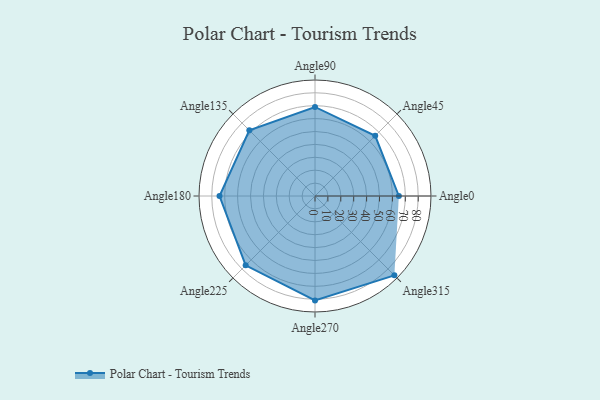
{"axis": {"x": "Angle", "y": "Radius"}, "legend": [""], "data": [{"x": "Angle0", "y": 65.0, "type": ""}, {"x": "Angle45", "y": 66.0, "type": ""}, {"x": "Angle90", "y": 69.0, "type": ""}, {"x": "Angle135", "y": 72.0, "type": ""}, {"x": "Angle180", "y": 74.0, "type": ""}, {"x": "Angle225", "y": 76.0, "type": ""}, {"x": "Angle270", "y": 81.0, "type": ""}, {"x": "Angle315", "y": 87.0, "type": ""}]}